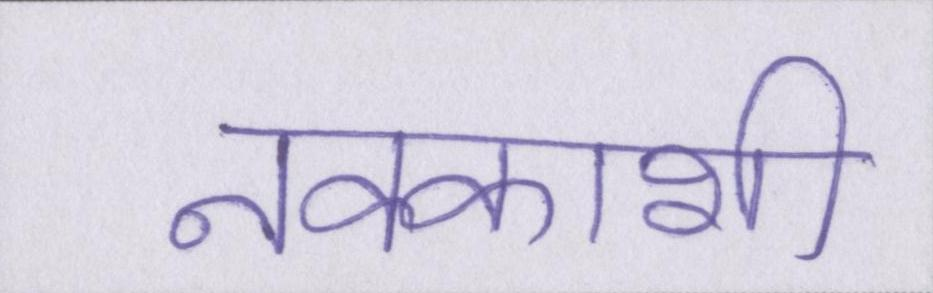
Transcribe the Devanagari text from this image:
नक्काशी